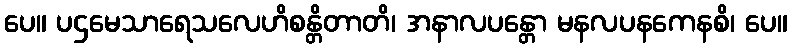
ပေ။ ပဌမေသာရေသလေဟိစန္တိတာတိ၊ အနာလပန္တော မနလပနကေနစိ၊ ပေ။